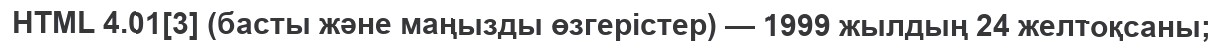
HTML 4.01[3] (басты және маңызды өзгерістер) — 1999 жылдың 24 желтоқсаны;